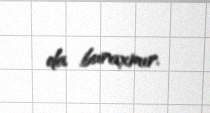
da buraxmır.